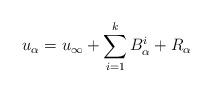
LaTeX: \begin{align*} u_\alpha = u_\infty + \sum_{i=1}^kB_\alpha^i + R_\alpha \end{align*}